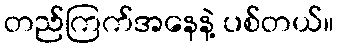
တည်ကြက်အနေနဲ့ ပစ်တယ်။